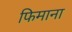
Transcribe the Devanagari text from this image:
फिमाना